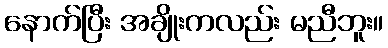
နောက်ပြီး အချိုးကလည်း မညီဘူး။